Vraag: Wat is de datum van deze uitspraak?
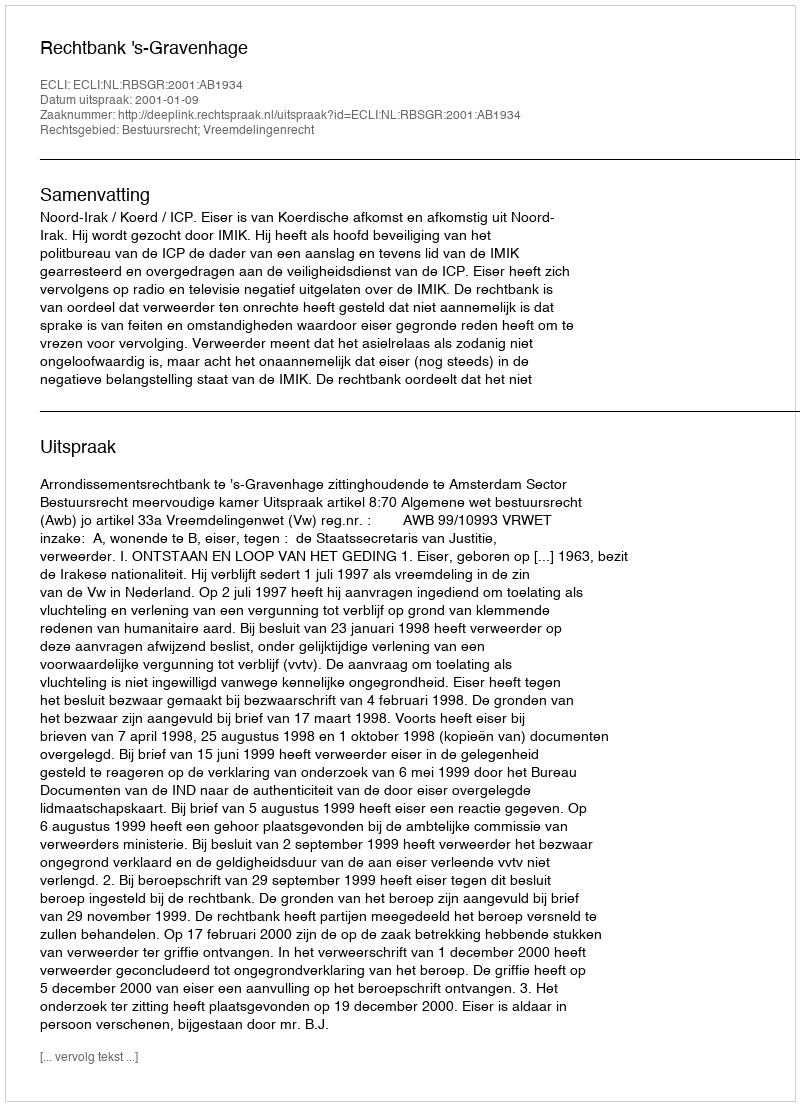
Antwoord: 2001-01-09